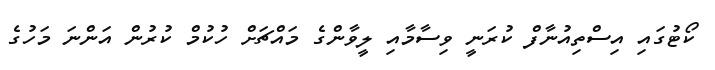
ކޯޓުގައި އިސްތިއުނާފް ކުރަނީ ވިސާމާއި ލީވާންގެ މައްޗަށް ހުކުމް ކުރުން އަންނަ މަހުގެ